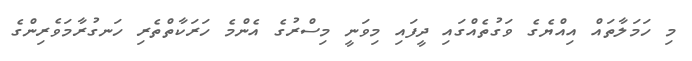
މި ހަމަލާތައް އިއްޔެގެ ވަގުތެއްގައި ދީފައި މިވަނީ މިސްރުގެ އެންމެ ހަރަކާތްތެރި ހަނގުރާމަވެރިންގެ